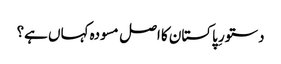
دستورِ پاکستان کا اصل مسودہ کہاں ہے؟